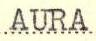
AURA